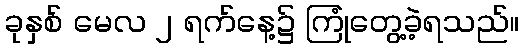
ခုနှစ် မေလ ၂ ရက်နေ့၌ ကြုံတွေ့ခဲ့ရသည်။